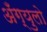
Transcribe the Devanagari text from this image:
अँग्युलो